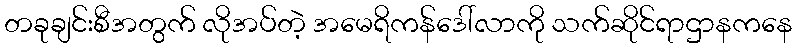
တခုချင်းစီအတွက် လိုအပ်တဲ့ အမေရိကန်ဒေါ်လာကို သက်ဆိုင်ရာဌာနကနေ